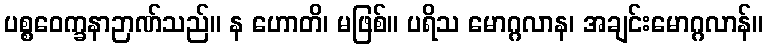
ပစ္စဝေက္ခနာဉာဏ်သည်။ န ဟောတိ၊ မဖြစ်။ ပရိသ မောဂ္ဂလာန၊ အချင်းမောဂ္ဂလာန်။